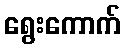
ရွေးကောက်